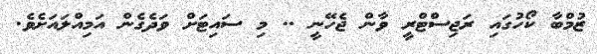
ޒުމްބާ ކޯހުގައި ރަޖިސްޓްރީ ވާން ޖެހޭނީ .. މި ސައިޓަށް ވަދެގެން އަމިއްލައަށެވެ.